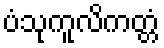
ပံသုကူလိကတ္တံ